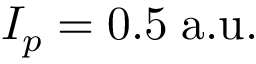
I _ { p } = 0 . 5 \; \mathrm { a . u . }